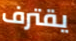
يقترف